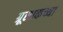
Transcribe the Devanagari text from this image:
ग्रूसाकच्या